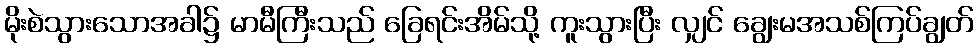
မိုးစဲသွားသောအခါ၌ မာမီကြီးသည် ခြေရင်းအိမ်သို့ ကူးသွားပြီး လျှင် ချွေးမအသစ်ကြပ်ချွတ်